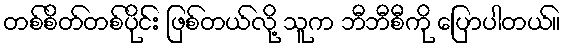
တစ်စိတ်တစ်ပိုင်း ဖြစ်တယ်လို့ သူက ဘီဘီစီကို ပြောပါတယ်။